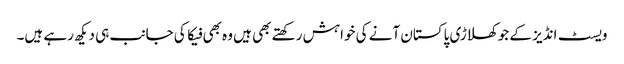
ویسٹ انڈیز کے جو کھلاڑی پاکستان آنے کی خواہش رکھتے بھی ہیں وہ بھی فیکا کی جانب ہی دیکھ رہے ہیں۔